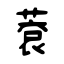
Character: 蔉